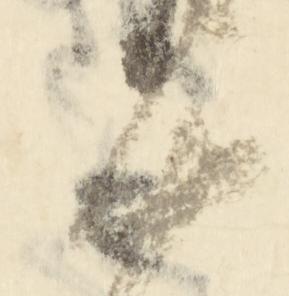
十